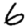
Digit: 6